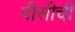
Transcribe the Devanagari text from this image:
पीसीची